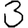
Digit: 3